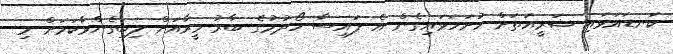
ކަނޑައަޅައި ޝަރީއަތަށް ހުށަހަޅައިގެން އެ ފައިސާ ހޯދުމުގެ ބާރު މީރާއަށް ލިބިގެންވާކަމަށް މި